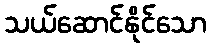
သယ်ဆောင်နိုင်သော